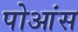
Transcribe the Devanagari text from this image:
पोआंस